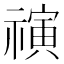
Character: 𰨒